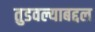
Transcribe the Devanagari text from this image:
तुडवल्याबद्दल